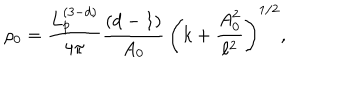
LaTeX: \rho _ { 0 } = \frac { L _ { p } ^ { ( 3 - d ) } } { 4 \pi } \frac { ( d - 1 ) } { A _ { 0 } } \, \left( k + \frac { A _ { 0 } ^ { 2 } } { \ell ^ { 2 } } \right) ^ { 1 / 2 } ,